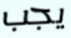
يجب